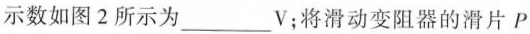
示数如图2所示为___V；将滑动变阻器的滑片P